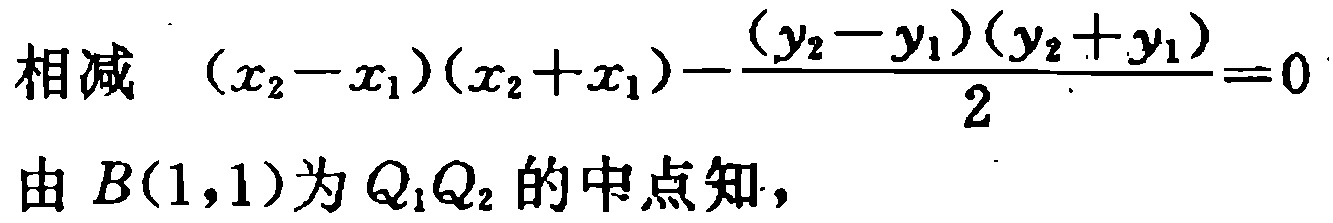
相减 \((x_{2}-x_{1})(x_{2}+x_{1})-\frac{(y_{2}-y_{1})(y_{2}+y_{1})}{2}=0\)

由 \(B(1,1)\)为 \(Q_{1}Q_{2}\)的中点知，